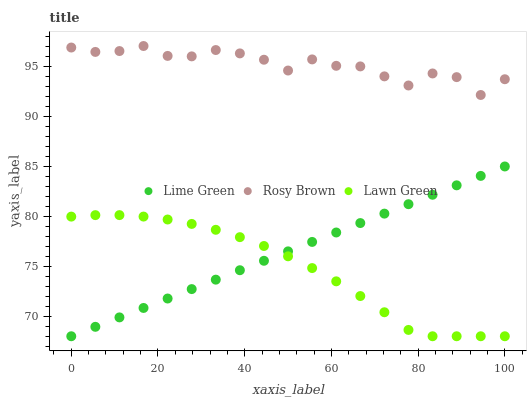
| xaxis_label | Lime Green | Rosy Brown | Lawn Green |
 | --- | --- | --- | --- |
 | 0 | 68 | 96.8 | 80 |
 | 5.56 | 68.9 | 96.4 | 80.1 |
 | 11.1 | 69.9 | 96.5 | 80.1 |
 | 16.7 | 70.8 | 97 | 80 |
 | 22.2 | 71.8 | 96 | 79.7 |
 | 27.8 | 72.7 | 96 | 79.2 |
 | 33.3 | 73.7 | 96.6 | 78.6 |
 | 38.9 | 74.6 | 96.3 | 77.9 |
 | 44.4 | 75.5 | 95.6 | 77 |
 | 50 | 76.5 | 94.6 | 76 |
 | 55.6 | 77.4 | 95.7 | 74.8 |
 | 61.1 | 78.4 | 95 | 73.5 |
 | 66.7 | 79.3 | 95 | 72 |
 | 72.2 | 80.3 | 94 | 70.4 |
 | 77.8 | 81.2 | 93.1 | 68.6 |
 | 83.3 | 82.1 | 94.3 | 68 |
 | 88.9 | 83.1 | 93.9 | 68 |
 | 94.4 | 84 | 92.1 | 68 |
 | 100 | 85 | 93.7 | 68 |